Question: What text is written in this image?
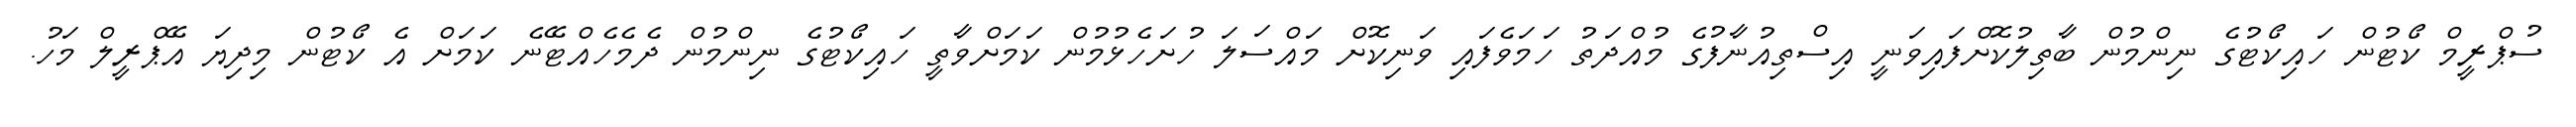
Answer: ސުޕްރީމް ކޯޓުން ހައިކޯޓުގެ ނިންމުން ބާތިލުކޮށްފައިވަނީ އިސްތިއުނާފުގެ މުއްދަތު ހަމަވެފައި ވަނިކޮށް މައްސަލަ ހުށަހެޅުމުން ކަމަށްވާތީ ހައިކޯޓުގެ ނިންމުން ދެމެހެއްޓޭނެ ކަމަށް އެ ކޯޓުން މިދިޔަ އޭޕްރީލް މަހު.